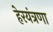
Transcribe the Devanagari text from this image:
हेरयंत्रणा